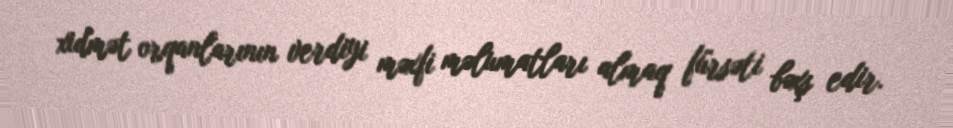
xidmət orqanlarının verdiyi məxfi məlumatları almaq fürsəti bəxş edir.